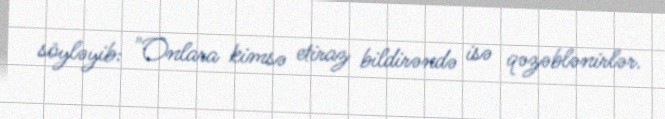
söyləyib: "Onlara kimsə etiraz bildirəndə isə qəzəblənirlər.